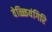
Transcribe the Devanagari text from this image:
वेळ्ळियंगिरि